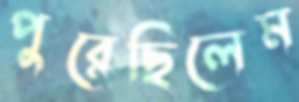
পুরেছিলেম